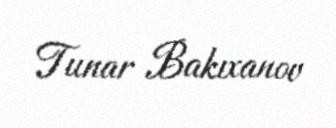
Tunar Bakıxanov